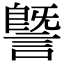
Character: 𧫜